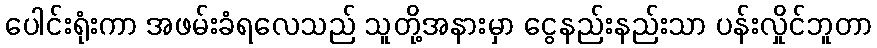
ပေါင်းရုံးကာ အဖမ်းခံရလေသည် သူတို့အနားမှာ ငွေနည်းနည်းသာ ပန်းလှိုင်ဘူတာ